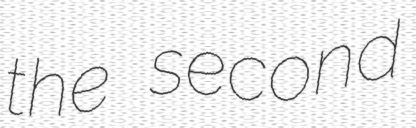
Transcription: the second